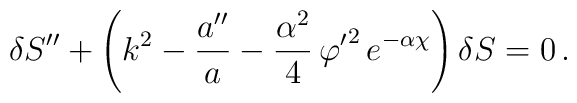
\delta S^{\prime\prime}+\left(k^2-\frac{a^{\prime\prime}}{a}-\frac{\alpha^2}{4}\,{\varphi^\prime}^2\,e^{-\alpha\chi}\right)\delta S=0\, .